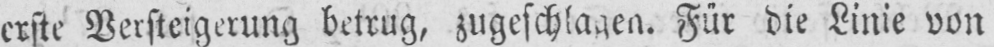
erste Versteigerung betrug, zugeschlagen. Für die Linie von